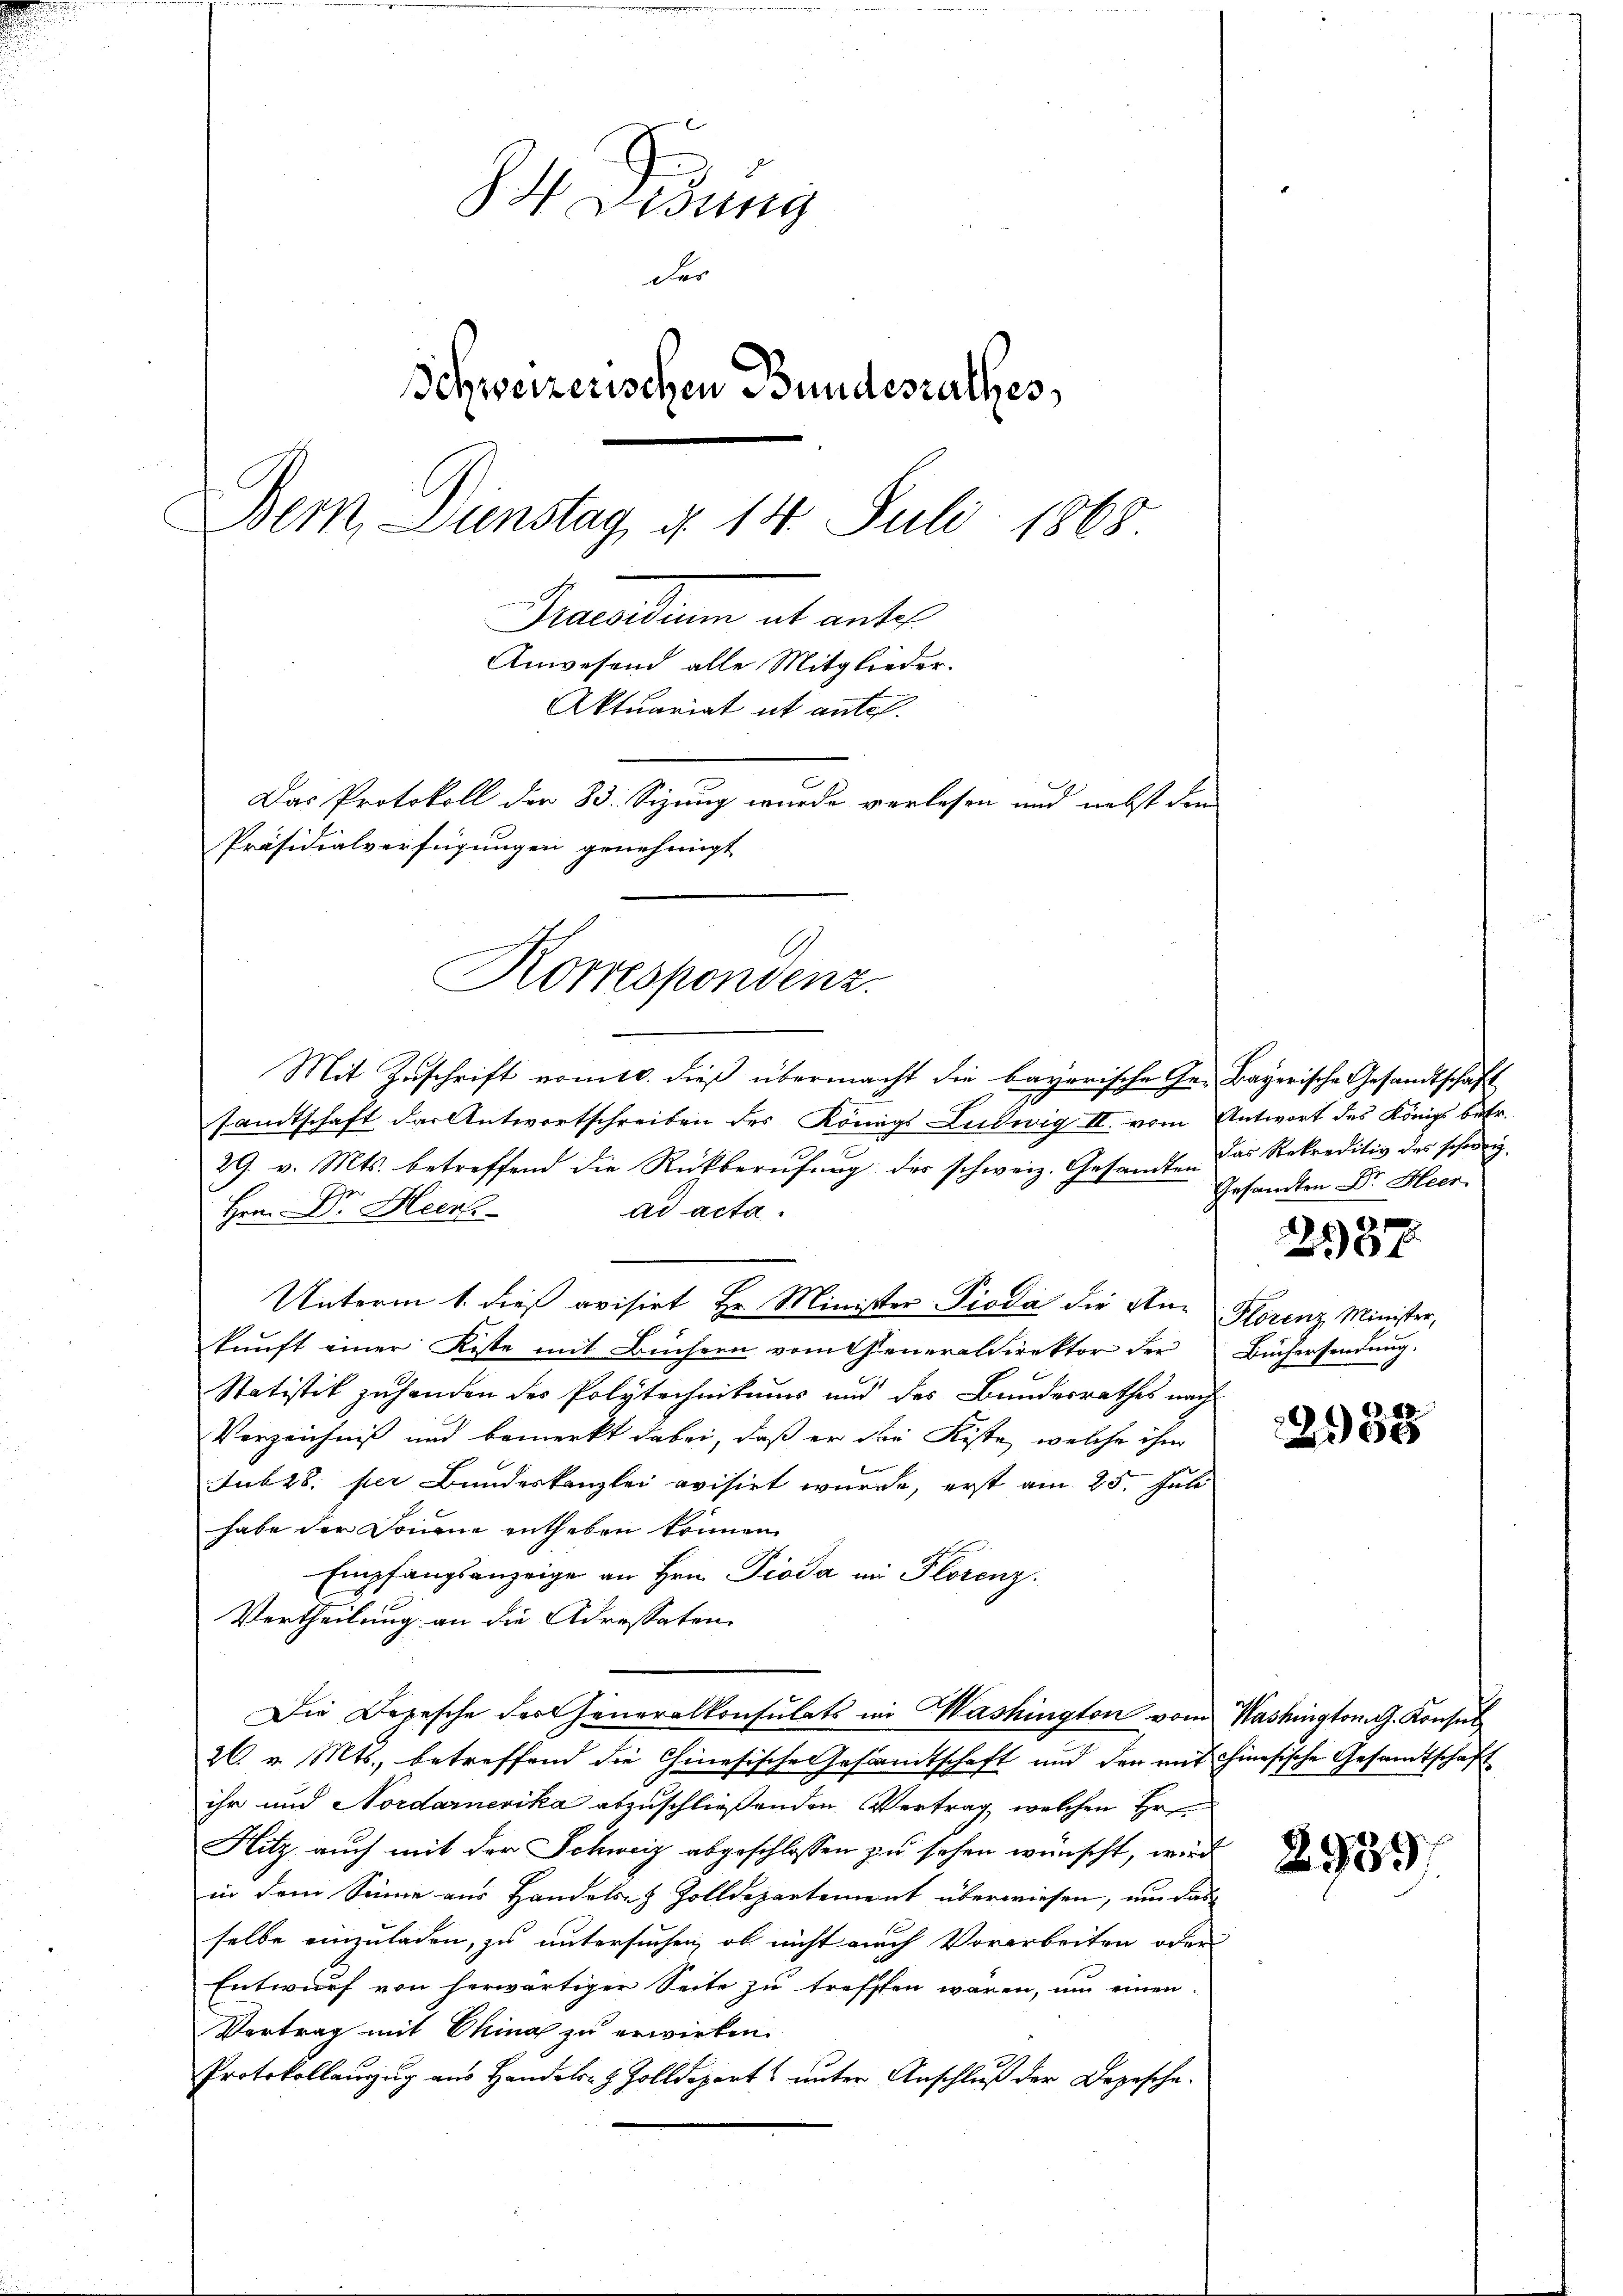
84. Didung
der
Schweizerischen Bundesrathes,
Dem Dienstag, d. 14. Juli 1868.
Precarium alt ents
Anwesend alle Mitglieder.
Aktuariat ut ante.
Das Protokoll der 83. Sizung wurde verlesen und nebst den
Präsidialverfügungen genehmigt

Korrespondenz.
Mit Zuschrift vomts. dieß übermacht die bayerische Ge- Bayerische Gesandtschaft

samtschaft der Antwortschreiben des Königs Ludwig II. vom Antwort des Königs betr.
29. v. Mts. betreffend die Rückberufung der schweiz. Gesandte. Das Rekreditiv des schweiz.
ad acta.
Her. Dr. Heerl
Unterm 1. dieß avisirt Hr. Minister Pioda die An- Florenz Minister,
kunft einer Kiste mit Büchern vom Generaldirektor der
Statistik zuhanden des Polytechnikums und des Bundesrathes nach
Verzeichniss und bemerkt dabei, daß er die Kiste, welche ihm
Sub 28. per Bundeskanzlei evisirt wurde, erst am 25. Juli
habe der Donnene entheben können.
Empfangsanzeige an Hrn. Pioda im Plorenz.
Vertheilung an die Adressaten
Die Depesche der Generalkonsulats im Mashington vom Washington G. Konsul
26. v. Mts., betreffend die Chinesische Gesandtschaft und den mit einesische Gesandtschaft
ihr und Nordarnerika abzuschließenden Vertrag, welchen Er
Hitz auch mit der Schweiz abgeschlossen zu sehen wünscht, wird
in dem Sinne aus Handels Zolldepartement überwiesen, um das
selbe einzuladen, zu untersuchen, ob nicht nach Vorarbeiten oder
Entwurf von herwärtiger Seite zu treffen wären, um einen
Vertrag mit China zu erwirken.
Protokollaŭszŭg ans Handels- & Zolldepart ŭnter Anschluß der Depesche

Gesandten Dr. Heer

237

Büchersendung.

58

2939)